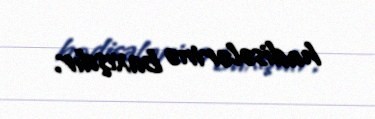
hadisələrinə baxışdır.